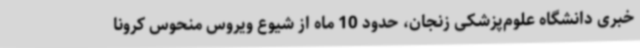
خبری دانشگاه علوم‌پزشکی زنجان، حدود 10 ماه از شیوع ویروس منحوس کرونا